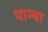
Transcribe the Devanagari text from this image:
धान्या